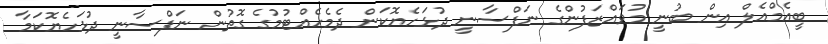
ބީއެމްއެލް އިން ބުނީ މުވައްޒަފުންގެ ނަފްސާނީ ދުޅަހެޔޮކަން ދެމެހެއްޓުމުގެ ގޮތުން ނަފްސާނީ ދުޅަހެޔޮކަމާ